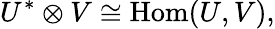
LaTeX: U^{*}\otimes V\cong\mathrm{Hom}(U,V),